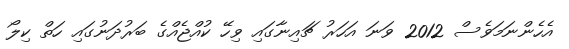
އެހެންނަމަވެސް 2012 ވަނަ އަހަރު ޗައިނާގައި ވިހޭ ކުއްޖެއްގެ ބަރުދަނުގައި ހަތް ކިލޯ